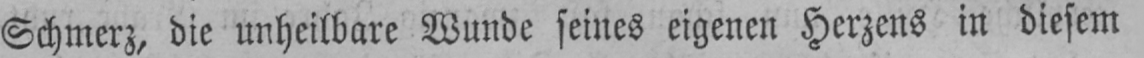
Schmerz, die unheilbare Wunde seines eigenen Herzens in diesem